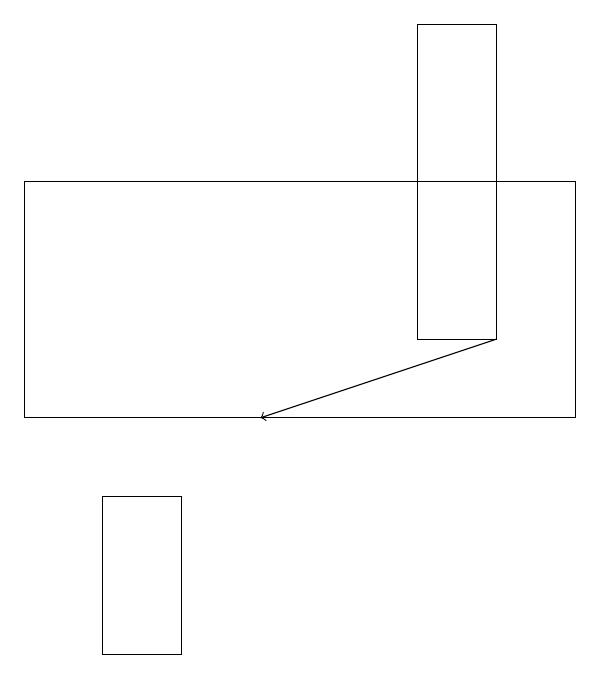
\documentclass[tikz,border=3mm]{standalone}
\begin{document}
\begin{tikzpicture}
\draw[->] (7,15) -- (4,14);
\draw (3,13) rectangle (2,11);
\draw (8,17) rectangle (1,14);
\draw (7,15) rectangle (6,19);
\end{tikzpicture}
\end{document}